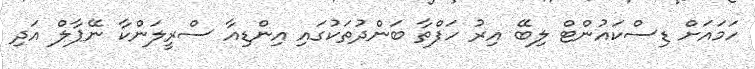
ހަމައަށް ޑިސްކައުންޓް ލިބޭ އިރު ހަފްތާ ބަންދުތަކުގައި އިންޑިއާ ސްރީލަންކާ ނޭޕާލް އަދި